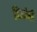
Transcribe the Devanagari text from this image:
विद्यांची